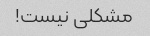
مشکلی نیست!